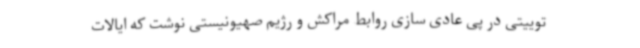
توییتی در پی عادی سازی روابط مراکش و رژیم صهیونیستی نوشت که ایالات